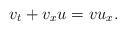
LaTeX: \begin{align*}v_t+v_x u =v u_x.\end{align*}